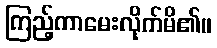
ကြည့်ကာမေးလိုက်မိ၏။